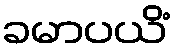
ခမာပယိံ